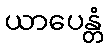
ယာပေန္တံ